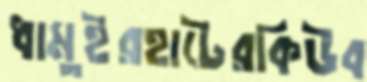
ধামুইরহাটেরকিউব